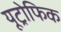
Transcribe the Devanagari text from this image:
यूट्रोफिक